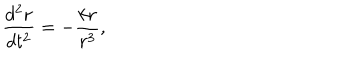
LaTeX: \frac { d ^ { 2 } { \bf r } } { d t ^ { 2 } } = - \frac { k { \bf r } } { r ^ { 3 } } ,